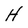
Character: H